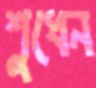
শুধেন